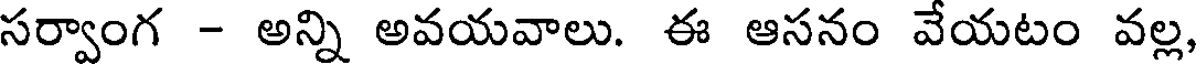
సర్వాంగ - అన్ని అవయవాలు. ఈ ఆసనం వేయటం వల్ల,